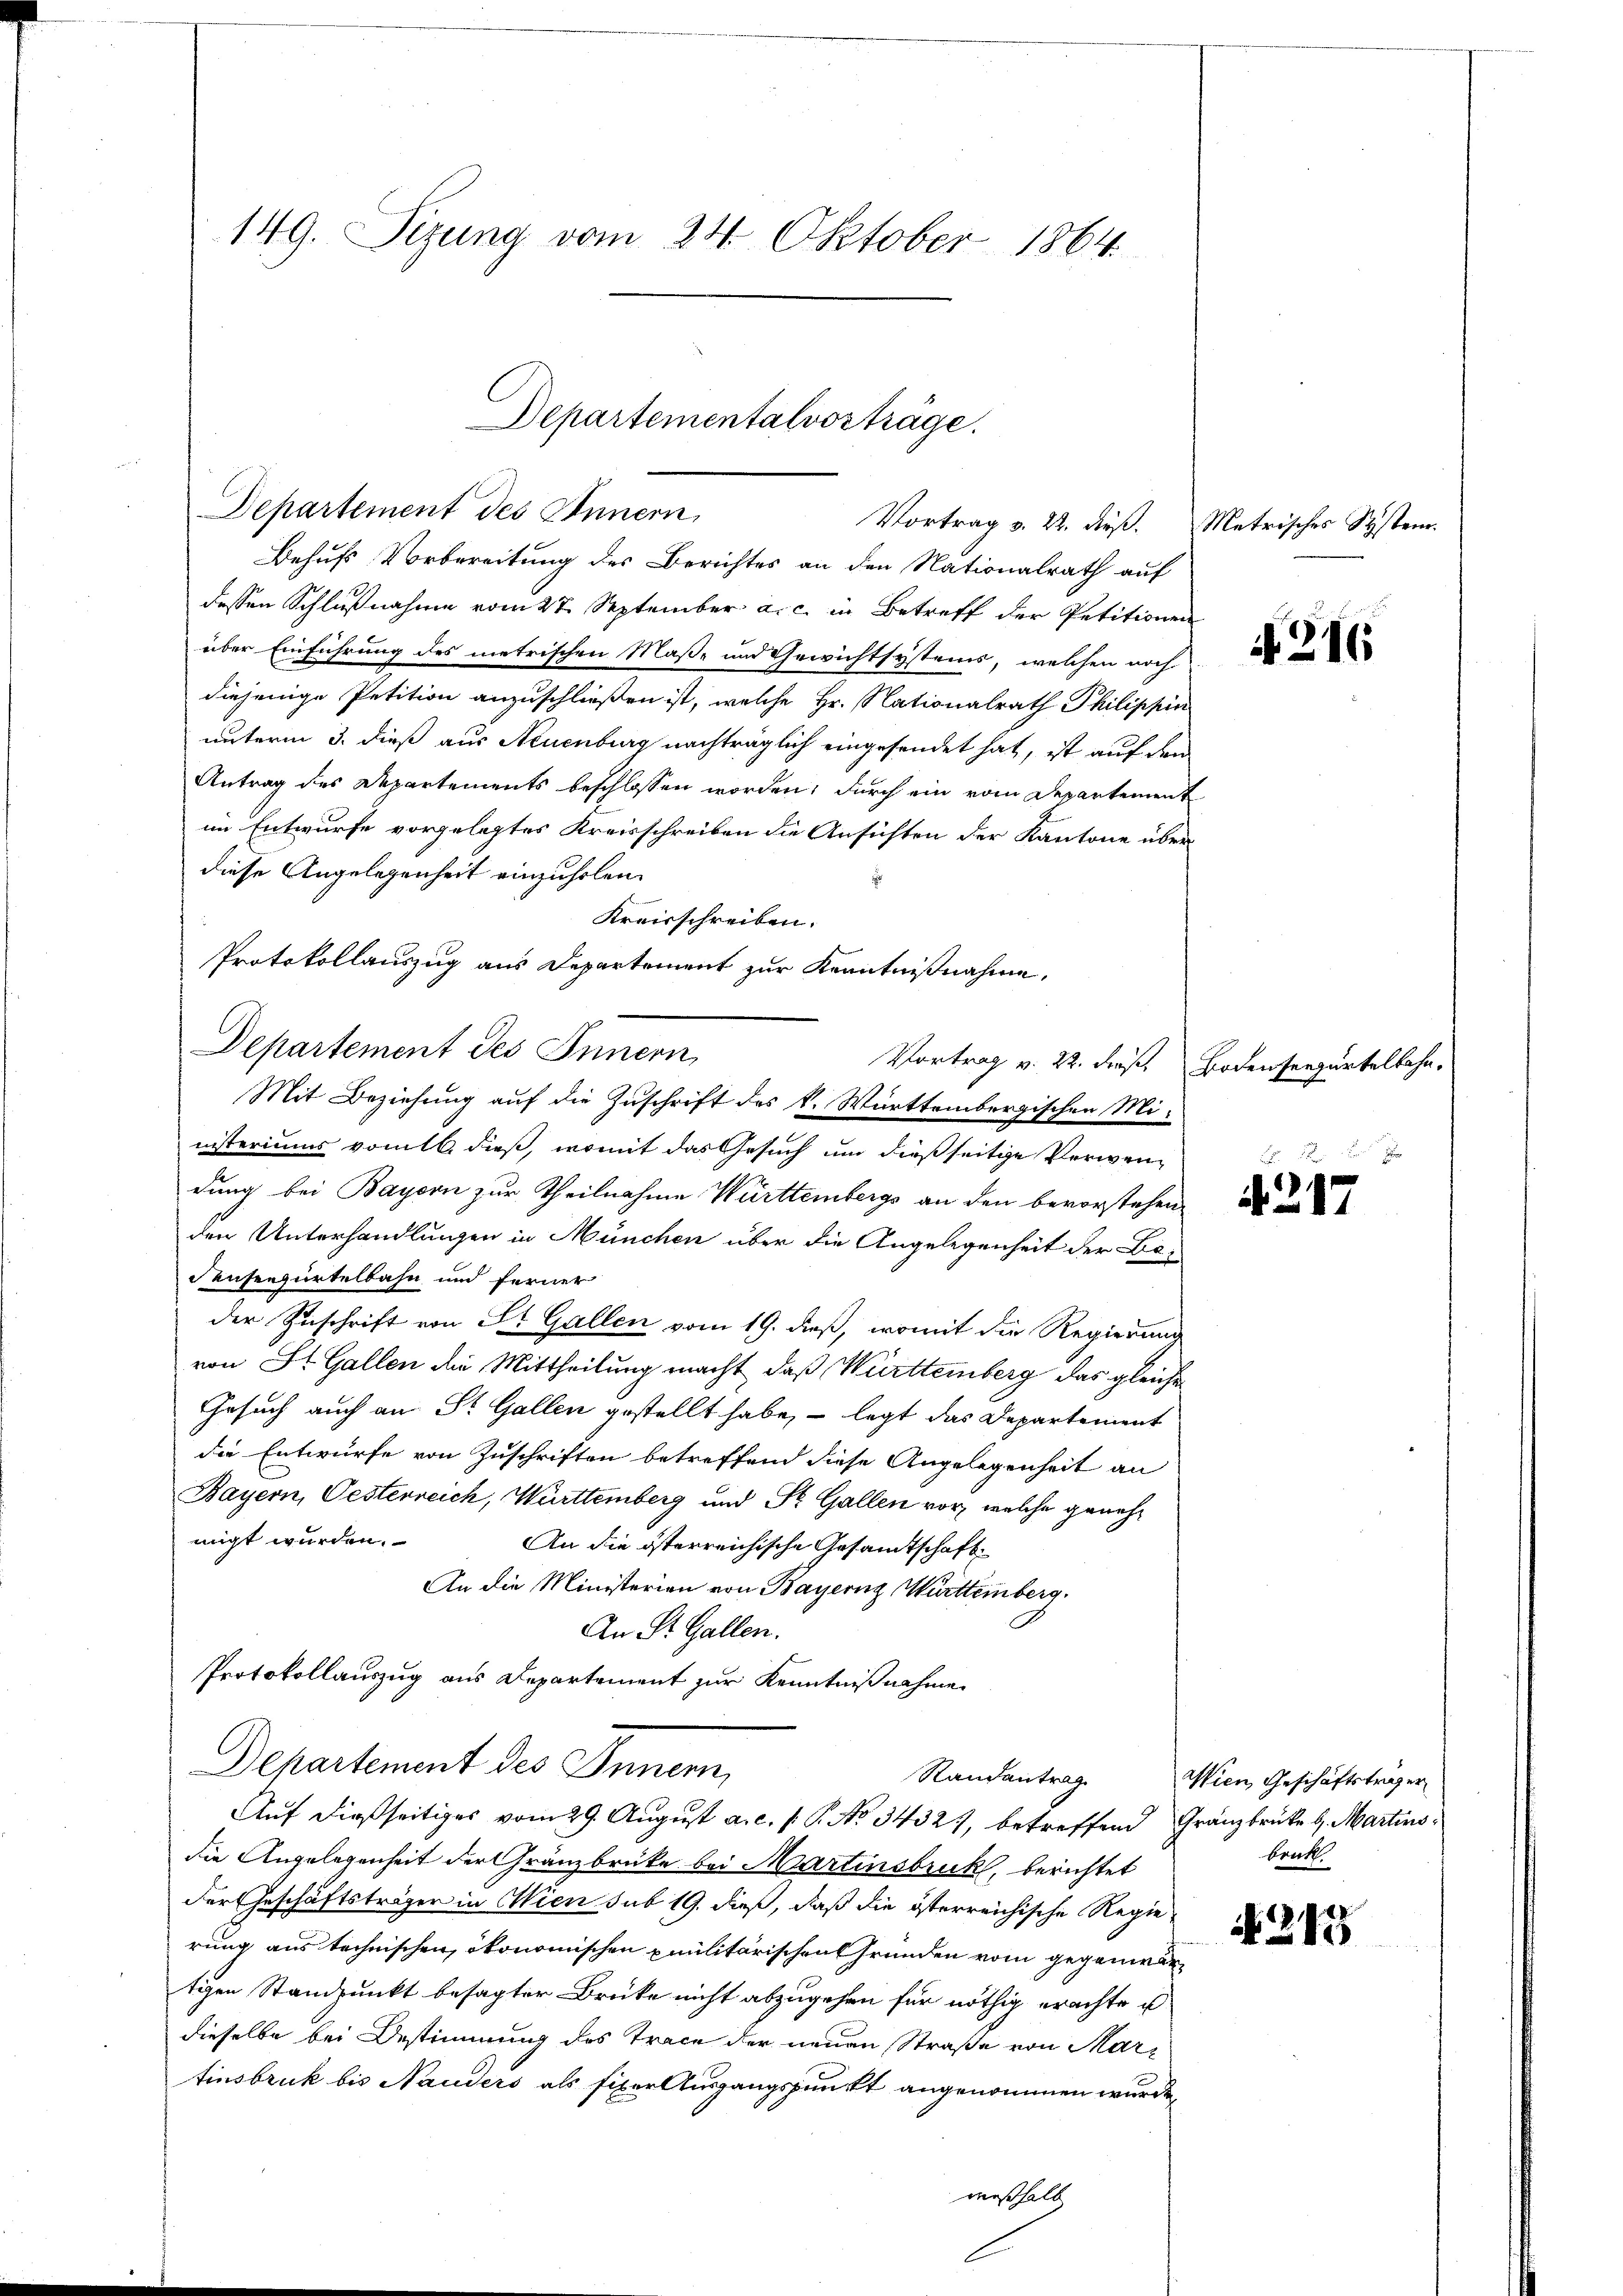
149. Sizung vom 24. Oktober 1864

Behufs Vorbereitung des Berichtes an den Nationalrath auf
dessen Schlußnahme vom 27. September a. c. in Betreff der Petitione
über Einführung des metrischen Maße und Gewichtsystems, welchen noch
diejenige Petition anzuschließen ist, welche Hr. Nationalrath Philippir
unterm 3. dieß aus Neuenburg nachträglich eingesendet hat, ist auf den
Antrag des Departements beschlossen worden, durch ein vom Departement
im Entwurfe vorgelegtes Kreisschreiben die Ansichten der Kantone über
diese Angelegenheit einzuholen.
Kreisschreiben.
Protokollauszug aus Departement zur Kenntnißnahme,
Vortrag v. 22. derse
Mit Beziehung auf die Zuschrift des k. Württembergischen Ministeriums vom 16. dieß, womit das Gesuch um dießseitige Verwendung bei Bayern zur Theilnahme Württembergs an den bevorstehen
den Unterhandlungen in München über die Angelegenheit der Bedenseesurtelbahn und ferner
der Zuschrift von St. Gallen vom 19. dieß, womit die Regierung
von St. Gallen die Mittheilung macht, daß Württemberg das gleiche
Gesuch auch an St. Gallen gestellt habe, – legt das Departement
die Entwurfe von Zuschriften betreffend diese Angelegenheit an
Bayern, Oesterreich, Württemberg und St. Gallen vor, welche genehmigt wurden.
An die österreichische Gesandtschaft¬
An die Ministerien von Bayernz Württemberg.
An St. Gallen.
Protokollauszug aus Departement zur Kenntnißnahme.
Departement des Inner,

Departementalvorträge.
Departement des Innern,
Vortrag v. 22. dieß.

Departement des Innern

Randantrag
Auf dießseitiges vom 29. August a. c. p. P. No 3432), betreffend Gränzbrücke d. Martins¬

die Angelegenheit der Gränzbrücke bei Martinsbruck, berichtet
der Geschäftsträger in Wien sub 19. daß, daß die österreichische Regierung aus technischen, ökonomischen Emilitärischen Gründen vom gegenwärtigen Standpunkt besagter Brüke nicht abzugehen für nöthig erachte u
dieselbe bei Bestimmung des Trace der neuen Straße von Martinsbruk bis Nauders als fixer Ausgangspunkt angenommen wurde,
weßhalb

Metrisches System.

N 216

Bodenseegartelbahn.

A 217

Wien Geschäftsträger
brük

N 217